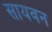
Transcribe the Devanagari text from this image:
सायवन